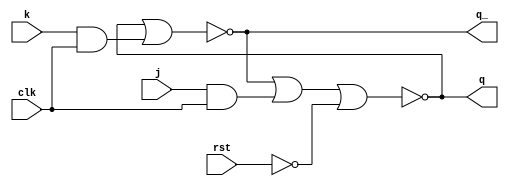

module jk_ff(
	input clk,
	output q, 
	output q_,
	input k, 
	input j,
	input rst
);
	
	wire t1, t2, t3, t4, t5, t6, _rst;
	not n(_rst, rst);

	and a1(t1, j, clk);
	and a2(t2, k, clk);

	nor n1(q, q_, t1, _rst);
	nor n2(q_, q, t2);

endmodule 

module sr_flip_flop(
	input clk,
	output q, 
	output q_,
	input s, 
	input r,
	input rst
);
	
	jk_ff jk(clk, q, q_, s, r, rst);

endmodule